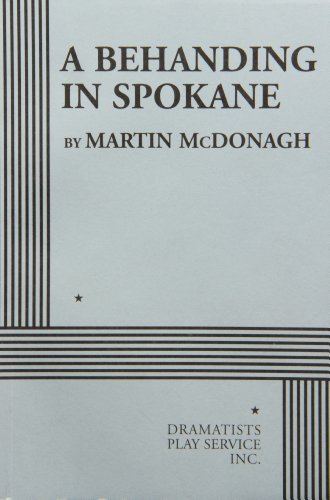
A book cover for A Behanding in Spokane - Acting Edition; Martin McDonagh; Humor & Entertainment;